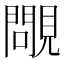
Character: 𧢈